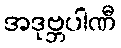
အဒုဗ္ဘပါဏီ